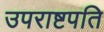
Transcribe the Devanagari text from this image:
उपराष्टपति